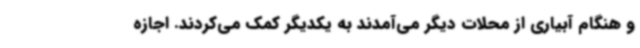
و هنگام آبیاری از محلات دیگر می‌آمدند به یکدیگر کمک می‌کردند. اجازه